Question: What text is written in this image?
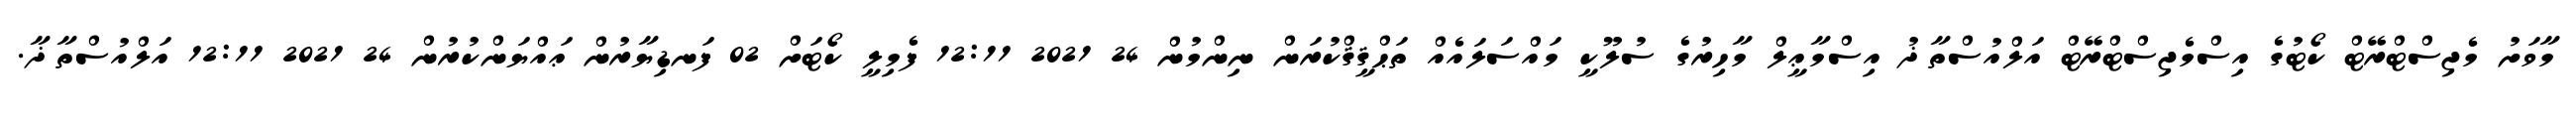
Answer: މާވަށު މެޖިސްޓްރޭޓް ކޯޓުގެ އިސްމެޖިސްޓްރޭޓް އަލްއުސްތާޛު އިސްމާޢީލް މާހިރުގެ ސުލޫކީ މައްސަލައެއް ތަޙްޤީޤްކުރަން ނިންމުން 24 2021 12:11 ފެމިލީ ކޯޓަށް 02 ފަނޑިޔާރުން ޢައްޔަންކުރުން 24 2021 12:11 އަލްއުސްތާޛާ.